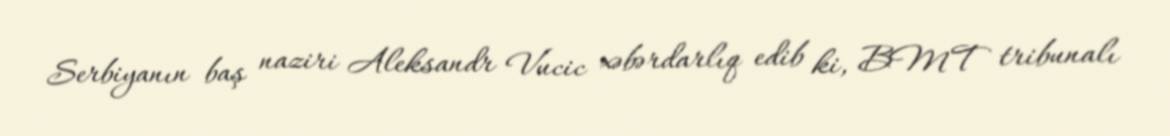
Serbiyanın baş naziri Aleksandr Vucic xəbərdarlıq edib ki, BMT tribunalı